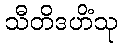
သီတိဒဟိံသု